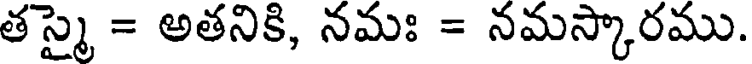
తస్మై = అతనికి, నమః = నమస్కారము.